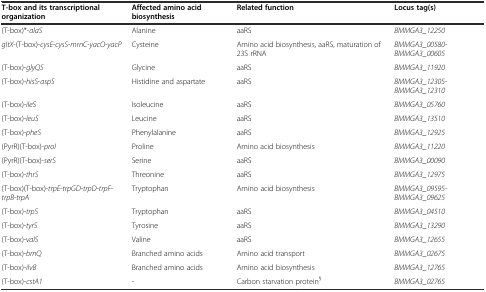
<table><thead><tr><td><b>T-box and its transcriptional organization</b></td><td><b>Affected amino acid biosynthesis</b></td><td><b>Related function</b></td><td><b>Locus tag(s)</b></td></tr></thead><tbody><tr><td>(T-box)*-<i>alaS</i></td><td>Alanine</td><td>aaRS</td><td><i>BMMGA3_12250</i></td></tr><tr><td><i>gltX</i>-(T-box)-<i>cysE</i>-<i>cysS</i>-<i>mrnC</i>-<i>yacO</i>-<i>yacP</i></td><td>Cysteine</td><td>Amino acid biosynthesis, aaRS, maturation of 23S rRNA</td><td><i>BMMGA3_00580-BMMGA3_00605</i></td></tr><tr><td>(T-box)-<i>glyQS</i></td><td>Glycine</td><td>aaRS</td><td><i>BMMGA3_11920</i></td></tr><tr><td>(T-box)-<i>hisS</i>-<i>aspS</i></td><td>Histidine and aspartate</td><td>aaRS</td><td><i>BMMGA3_12305-BMMGA3_12310</i></td></tr><tr><td>(T-box)-<i>ileS</i></td><td>Isoleucine</td><td>aaRS</td><td><i>BMMGA3_05760</i></td></tr><tr><td>(T-box)-<i>leuS</i></td><td>Leucine</td><td>aaRS</td><td><i>BMMGA3_13510</i></td></tr><tr><td>(T-box)-<i>pheS</i></td><td>Phenylalanine</td><td>aaRS</td><td><i>BMMGA3_12925</i></td></tr><tr><td>(PyrR)(T-box)-<i>proI</i></td><td>Proline</td><td>Amino acid biosynthesis</td><td><i>BMMGA3_11220</i></td></tr><tr><td>(PyrR)(T-box)-<i>serS</i></td><td>Serine</td><td>aaRS</td><td><i>BMMGA3_00090</i></td></tr><tr><td>(T-box)-<i>thrS</i></td><td>Threonine</td><td>aaRS</td><td><i>BMMGA3_12975</i></td></tr><tr><td>(T-box)(T-box)-<i>trpE</i>-<i>trpGD</i>-<i>trpD</i>-<i>trpF</i>-<i>trpB</i>-<i>trpA</i></td><td>Tryptophan</td><td>Amino acid biosynthesis</td><td><i>BMMGA3_09595-BMMGA3_09625</i></td></tr><tr><td>(T-box)-<i>trpS</i></td><td>Tryptophan</td><td>aaRS</td><td><i>BMMGA3_04510</i></td></tr><tr><td>(T-box)-<i>tyrS</i></td><td>Tyrosine</td><td>aaRS</td><td><i>BMMGA3_13290</i></td></tr><tr><td>(T-box)-<i>valS</i></td><td>Valine</td><td>aaRS</td><td><i>BMMGA3_12655</i></td></tr><tr><td>(T-box)-<i>brnQ</i></td><td>Branched amino acids</td><td>Amino acid transport</td><td><i>BMMGA3_02675</i></td></tr><tr><td>(T-box)-<i>ilvB</i></td><td>Branched amino acids</td><td>Amino acid biosynthesis</td><td><i>BMMGA3_12765</i></td></tr><tr><td>(T-box)-<i>cstA1</i></td><td>-</td><td>Carbon starvation protein<sup>§</sup></td><td><i>BMMGA3_02765</i></td></tr></tbody></table>